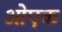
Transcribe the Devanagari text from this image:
ओएक